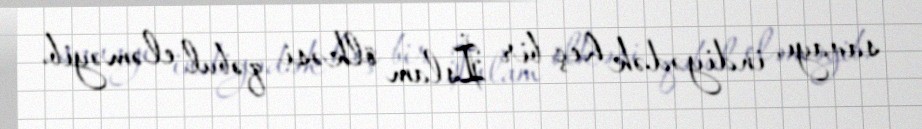
savayı, indiyədək heç bir İslam ölkəsi qəbul eləməyib.